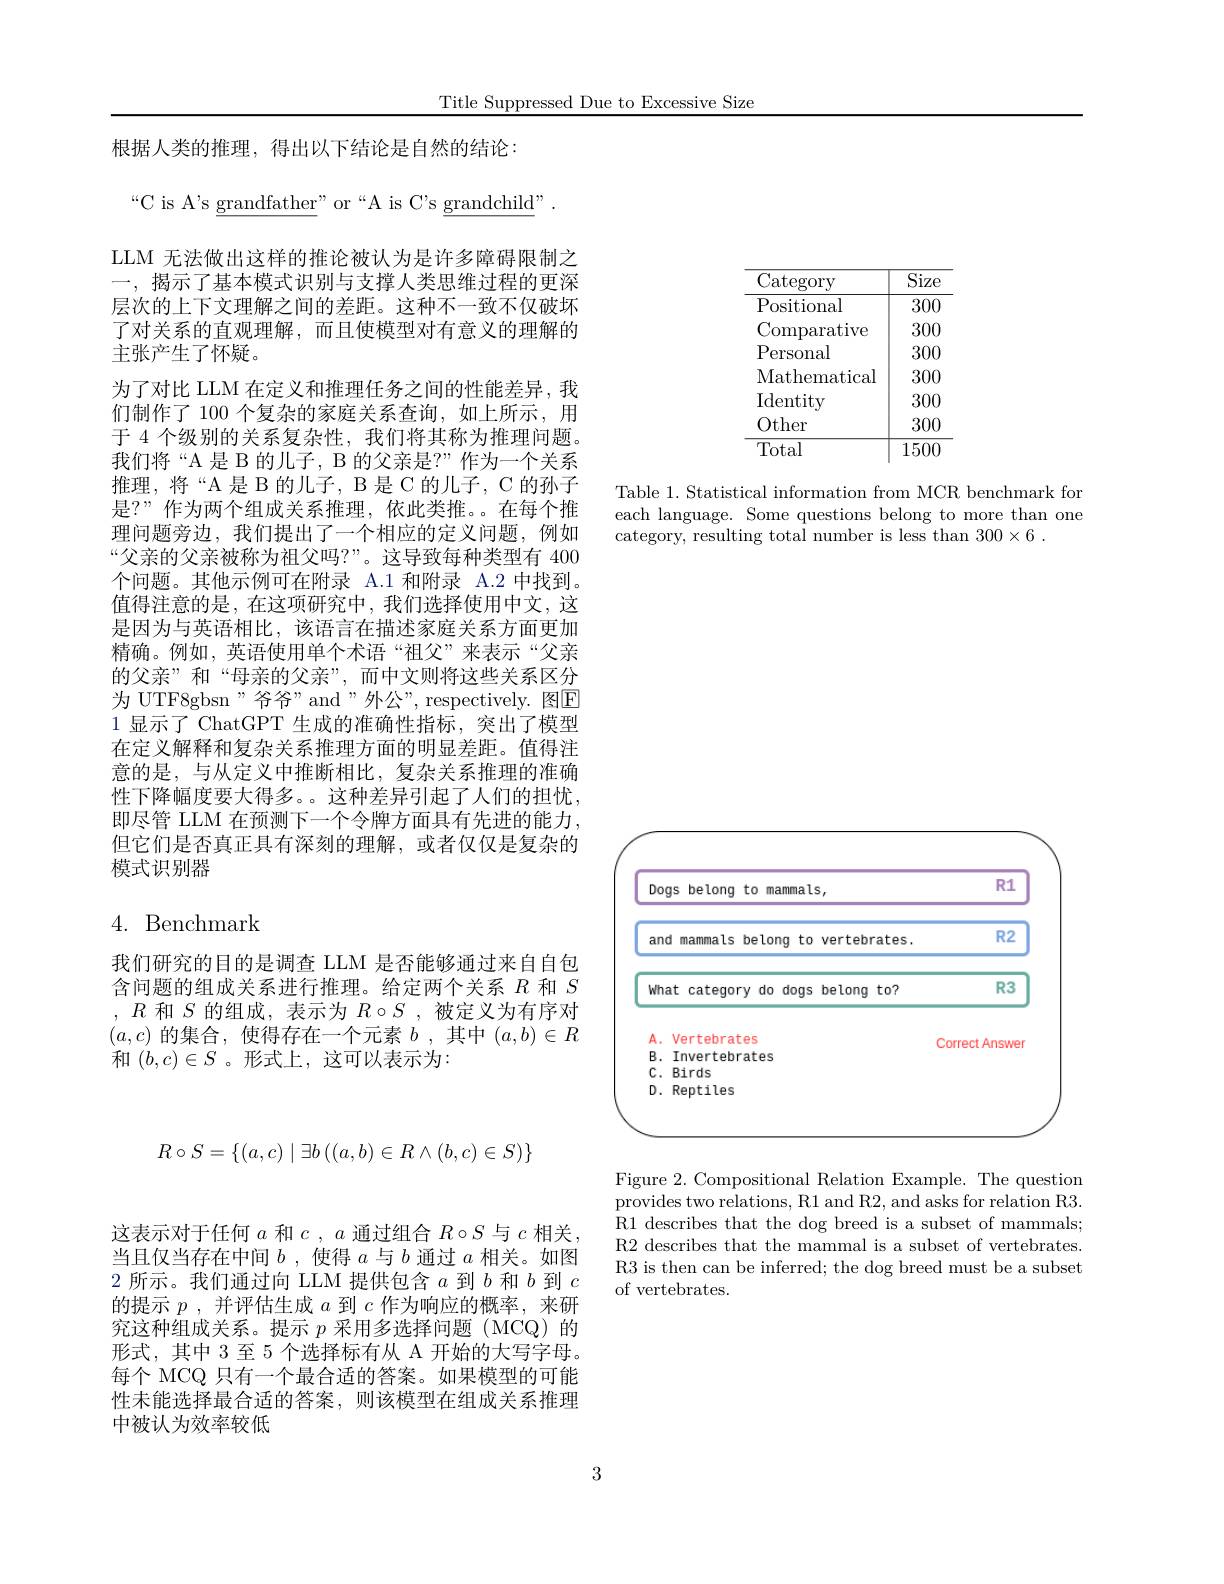
Title Suppressed Due to Excessive Size

根据人类的推理，得出以下结论是自然的结论：

<table>
	<tbody>
		<tr>
			<th>Category</th>
			<th>$\overline{\mathrm{Size}}$</th>
		</tr>
		<tr>
			<td>Positional</td>
			<td>300</td>
		</tr>
		<tr>
			<td>Comparative</td>
			<td>300</td>
		</tr>
		<tr>
			<td>Personal</td>
			<td>300</td>
		</tr>
		<tr>
			<td>Mathematical</td>
			<td>300</td>
		</tr>
		<tr>
			<td>Identity</td>
			<td>300</td>
		</tr>
		<tr>
			<td>Other</td>
			<td>300</td>
		</tr>
		<tr>
			<td>Total</td>
			<td>1500</td>
		</tr>
	</tbody>
</table>

Table 1. Statistical information from MCR benchmark for each language. Some questions belong to more than one category, resulting total number is less than 300×6.

“C is A's $\underline{\mathrm{grandfather"~or~“A~is~C's~grandchild"}}$
LLM 无法做出这样的推论被认为是许多障碍限制之一，揭示了基本模式识别与支撑人类思维过程的更深层次的上下文理解之间的差距。这种不一致不仅破坏了对关系的直观理解，而且使模型对有意义的理解的主张产生了怀疑。
为了对比 LLM 在定义和推理任务之间的性能差异，我们制作了 100 个复杂的家庭关系查询，如上所示，用于 4 个级别的关系复杂性，我们将其称为推理问题。我们将“A 是 B 的儿子，B 的父亲是？”作为一个关系推理，将“A 是 B 的儿子，B 是 C 的儿子，C 的孙子是？”作为两个组成关系推理，依此类推。在每个推理问题旁边，我们提出了一个相应的定义问题，例如“父亲的父亲被称为祖父吗？”。这导致每种类型有 400个问题。其他示例可在附录 A.1 和附录 A.2 中找到。值得注意的是，在这项研究中，我们选择使用中文，这是因为与英语相比，该语言在描述家庭关系方面更加精确。例如，英语使用单个术语“祖父”来表示“父亲的父亲”和“母亲的父亲”,而中文则将这些关系区分为 UTF8gbsn" 爷爷”and"外公”, respectively. 图$\boxed{\mathrm{E}}$ 1显示了 ChatGPT 生成的准确性指标，突出了模型在定义解释和复杂关系推理方面的明显差距。值得注意的是，与从定义中推断相比，复杂关系推理的准确性下降幅度要大得多。这种差异引起了人们的担忧， 即尽管 LLM 在预测下一个令牌方面具有先进的能力， 但它们是否真正具有深刻的理解，或者仅仅是复杂的模式识别器

# 4. Benchmark

我们研究的目的是调查 LLM 是否能够通过来自自包含问题的组成关系进行推理。给定两个关系$R$和$S$ $,R$和$S$的组成，表示为$R\circ S$,被定义为有序对$(a,c)$的集合，使得存在一个元素$b$ ,其中$(a,b)\in R$ 和$(b,c)\in S$ 。形式上，这可以表示为：

<FigureHere>

Figure 2.Compositional Relation Example. The question $\bar{\text{provides two relations, R1 and R2, and asks for relation R3.}}$ R1 describes that the dog breed is a subset of mammals; R2 describes that the mammal is a subset of vertebrates. R3 is then can be inferred; the dog breed must be a subset of vertebrates.
$$R\circ S=\{(a,c)\mid\exists b\left((a,b)\in R\land(b,c)\in S\right)\}$$
这表示对于任何$a$和$c,a$通过组合$R\circ S$与$c$相关， 当且仅当存在中间$b$ ,使得$a$与$b$通过$a$相关。如图2所示。我们通过向 LLM 提供包含$a$到$b$和$b$到$c$ 的提示$p$ ,并评估生成$a$到$c$作为响应的概率，来研究这种组成关系。提示$p$采用多选择问题(MCQ)的形式，其中 3 至 5 个选择标有从 A 开始的大写字母。每个 MCQ 只有一个最合适的答案。如果模型的可能性未能选择最合适的答案，则该模型在组成关系推理中被认为效率较低

3